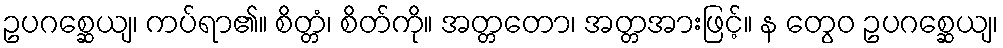
ဥပဂစ္ဆေယျ၊ ကပ်ရာ၏။ စိတ္တံ၊ စိတ်ကို။ အတ္တတော၊ အတ္တအားဖြင့်။ န တွေဝ ဥပဂစ္ဆေယျ၊